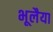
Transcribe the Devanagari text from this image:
भूलैया